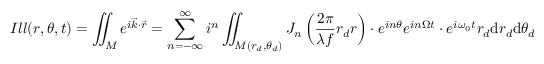
I l l ( r , \theta , t ) = \iint _ { M } e ^ { i \overrightarrow { k } \cdot \overrightarrow { r } } = \sum _ { n = - \infty } ^ { \infty } i ^ { n } \iint _ { M ( r _ { d } , \theta _ { d } ) } J _ { n } \left( \frac { 2 \pi } { \lambda f } r _ { d } r \right) \cdot e ^ { i n \theta } e ^ { i n \Omega t } \cdot e ^ { i \omega _ { 0 } t } r _ { d } \mathrm { d } r _ { d } \mathrm { d } \theta _ { d }